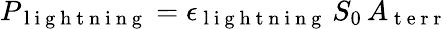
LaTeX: P_{\mathrm{~l~i~g~h~t~n~i~n~g~}}=\epsilon_{\mathrm{~l~i~g~h~t~n~i~n~g~}}\, S_{0}\, A_{\mathrm{~t~e~r~r~}}